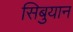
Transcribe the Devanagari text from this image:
सिबुयान